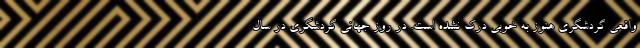
واقعی گردشگری هنوز به خوبی درک نشده است. در روز جهانی گردشگری در سال